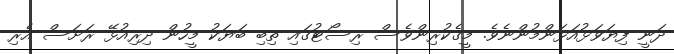
ދަނީ ފިޔަވަޅުއަޅަންމުންނެވެ. މީގެކުރިންވެސް ރިސޯޓުގައި ތިބި ބަޔަކު މީހުން ދިރިއުޅޭ ރަށަސް އެރި